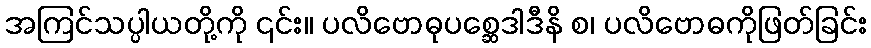
အကြင်သပ္ပါယတို့ကို ၎င်း။ ပလိဗောဓုပစ္ဆေဒါဒီနိ စ၊ ပလိဗောဓကိုဖြတ်ခြင်း